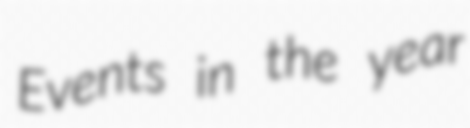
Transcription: Events in the year